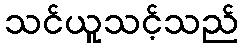
သင်ယူသင့်သည်